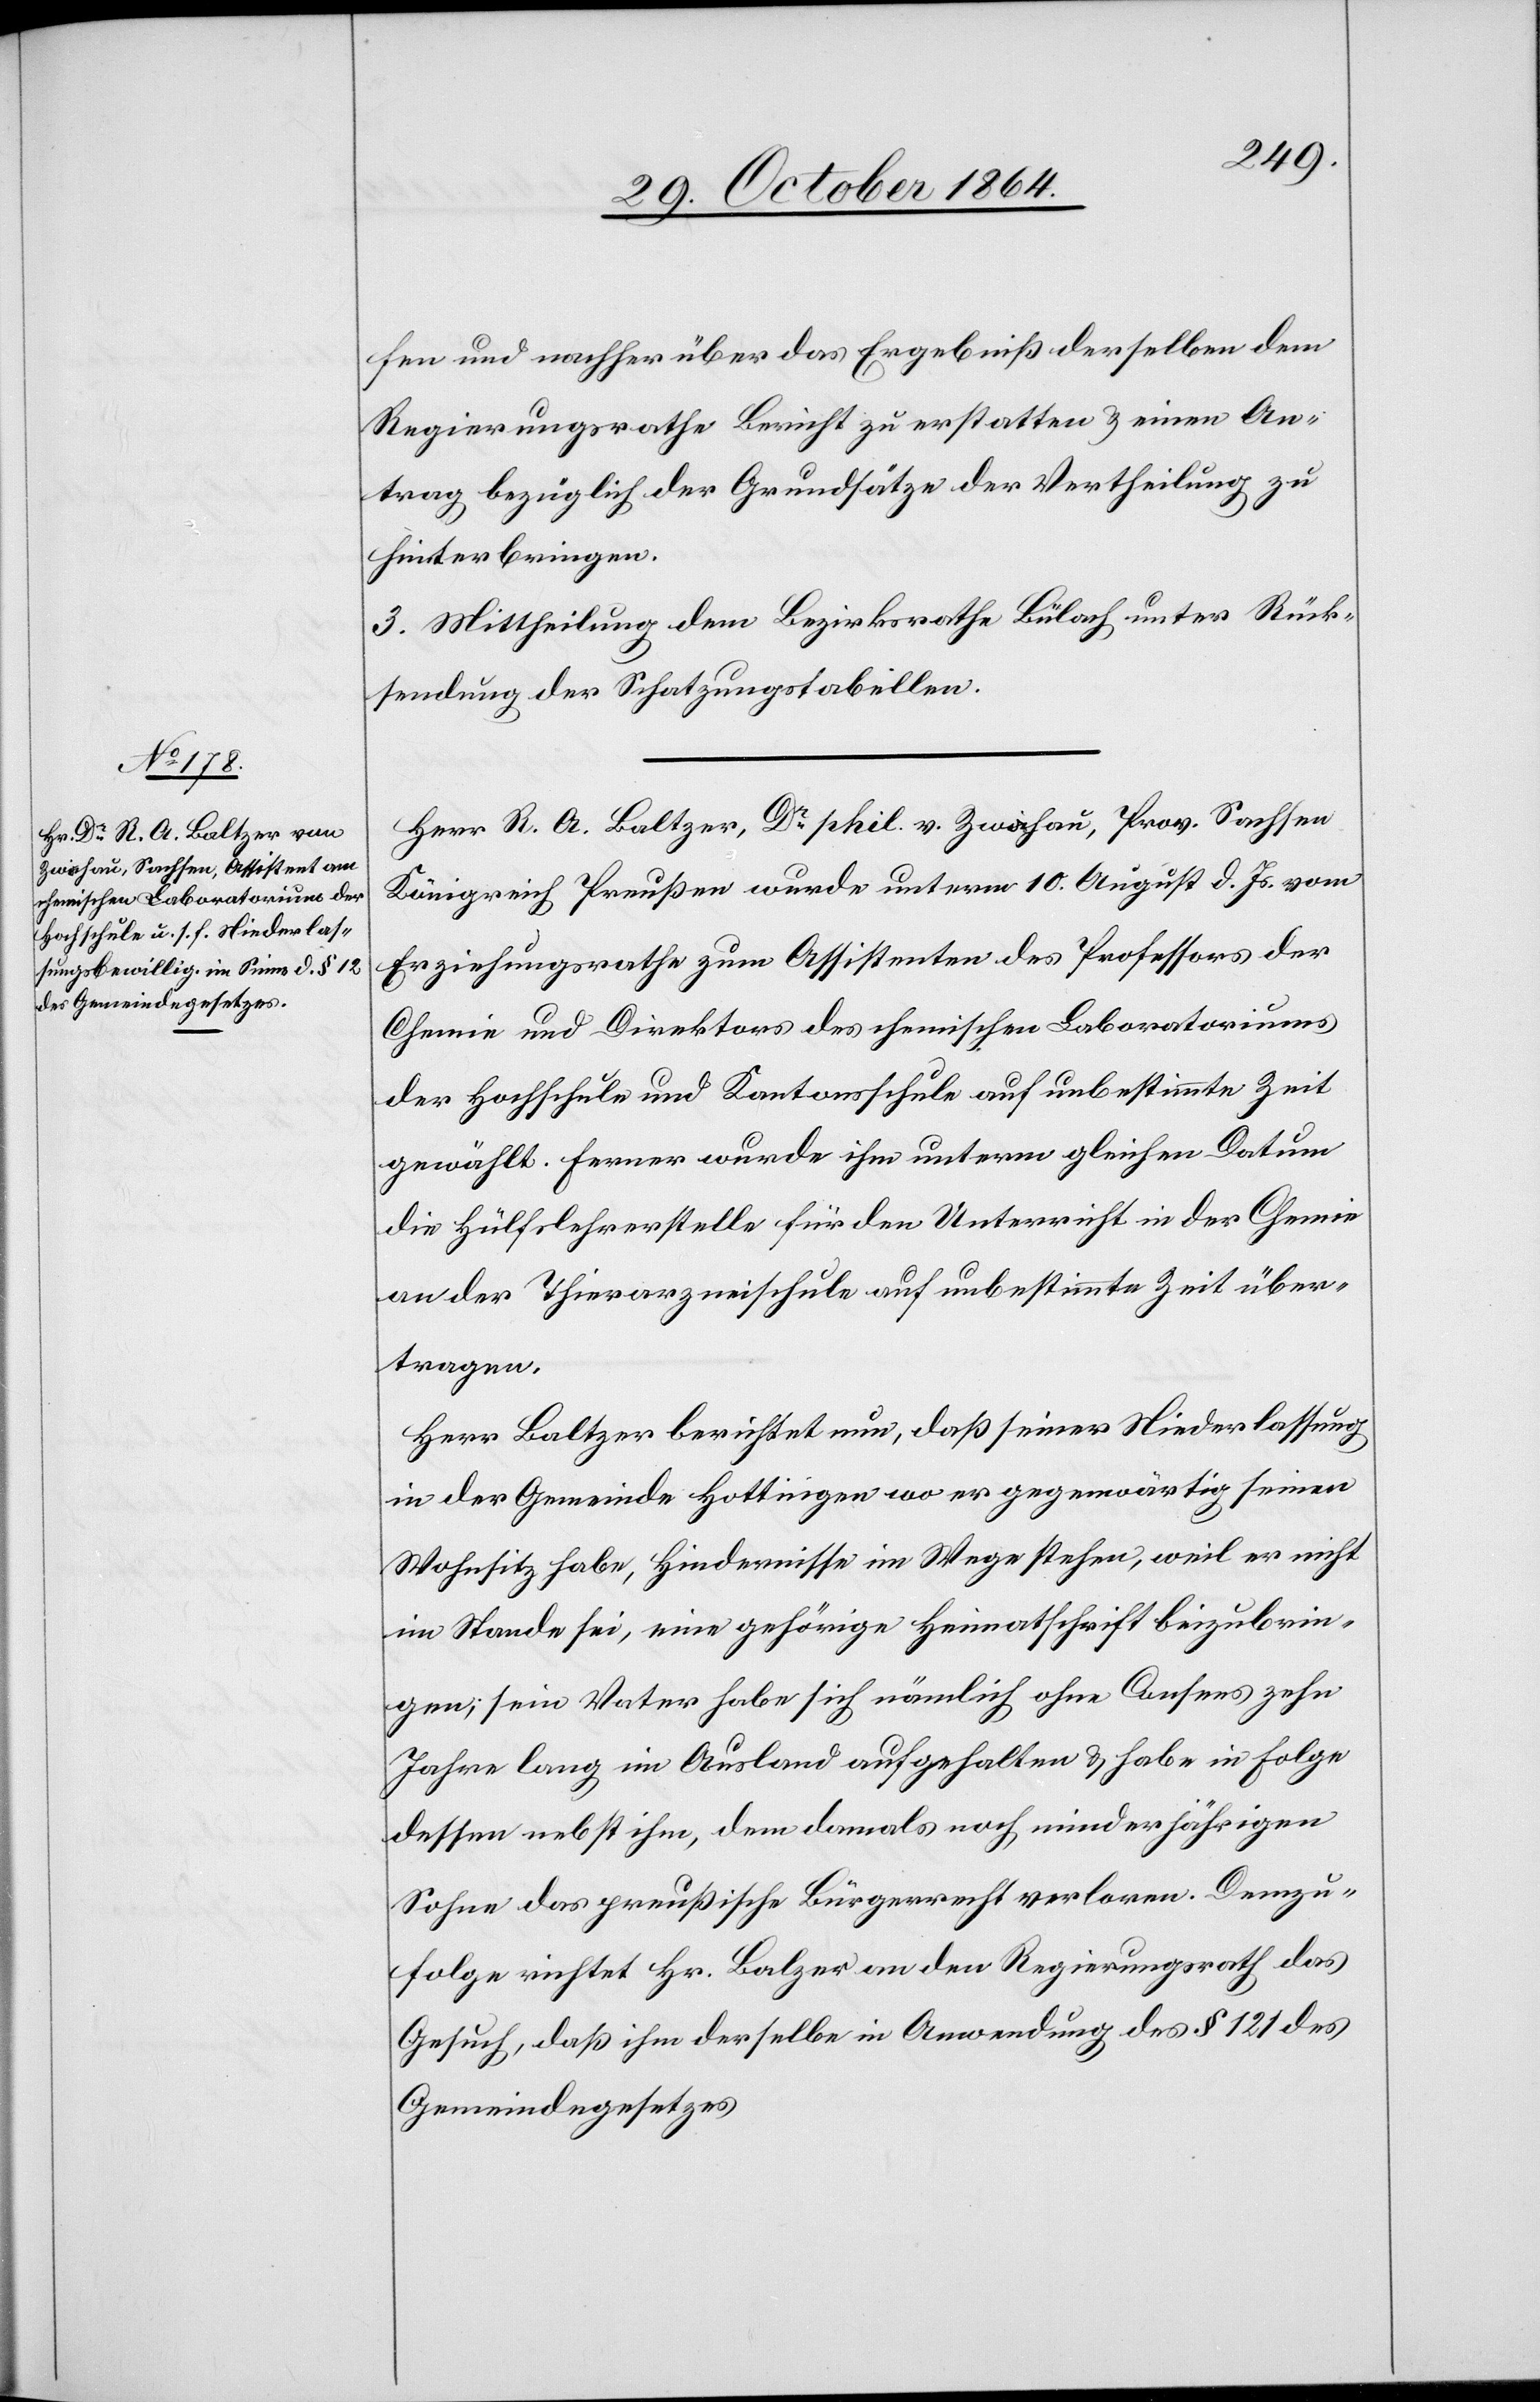
fen und nachher über das Ergebniß derselben dem
Regierungsrathe Bericht zu erstatten & einen An¬
trag bezüglich der Grundsätze der Vertheilung zu
hinterbringen.
3. Mittheilung dem Bezirksrathe Bülach unter Rück¬
sendung der Schatzungstabellen.
Herr R. A. Baltzer, Dr phil. v. Zwochau, Prov. Sachsen
Königreich Preußen wurde unterm 10. August d. Js. vom
Erziehungsrathe zum Assistenten des Professors der
Chemie und Direktors des chemischen Laboratoriums
der Hochschule und Kantonsschule auf unbestimmte Zeit
gewählt. Ferner wurde ihm unterm gleichen Datum
die Hülfslehrerstelle für den Unterricht in der Chemie
an der Thierarzneischule auf unbestimmte Zeit über¬
tragen.
Herr Baltzer berichtet nun, daß seiner Niederlassung
in der Gemeinde Hottingen wo er gegenwärtig seinen
Wohnsitz habe, Hindernisse im Wege stehen, weil er nicht
im Stande sei, eine gehörige Heimatschrift beizubrin¬
gen; sein Vater habe sich nämlich ohne Consens zehn
Jahre lang im Ausland aufgehalten & habe in Folge
dessen nebst ihm, dem damals noch minderjährigen
Sohne das preußische Bürgerrecht verloren. Demzu¬
folge richtet Hr. Balzer [sic!] an den Regierungsrath das
Gesuch, daß ihm derselbe in Anwendung des § 121 des
Gemeindegesetzes